Malaria in the Punjab - Number 46
Disease focus: Malaria
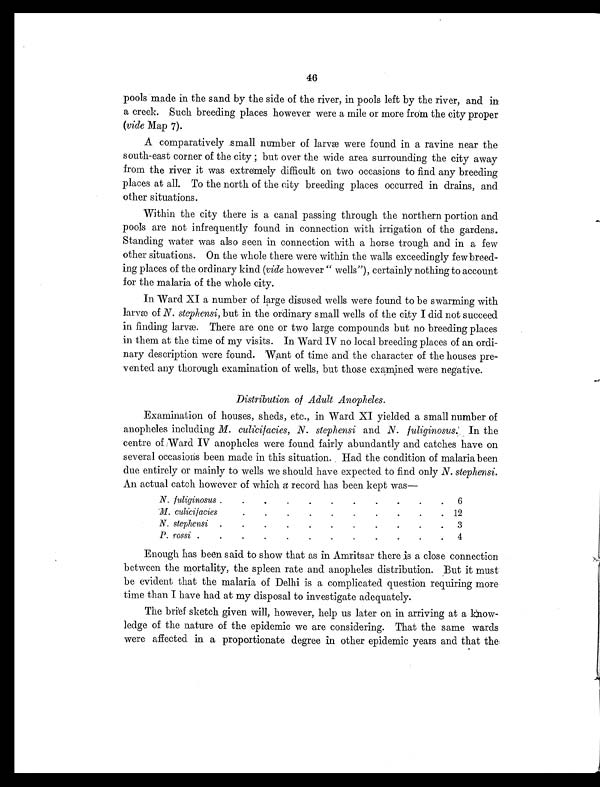
46
pools made in the sand by the side of the river, in pools left by the river, and in
a creek. Such breeding places however were a mile or more from the city proper
(vide Map 7).
A comparatively small number of larvæ were found in a ravine near the
south-east corner of the city ; but over the wide area surrounding the city away
from the river it was extremely difficult on two occasions to find any breeding
places at all. To the north of the city breeding places occurred in drains, and
other situations.
Within the city there is a canal passing through the northern portion and
pools are not infrequently found in connection with irrigation of the gardens.
Standing water was also seen in connection with a horse trough and in a few
other situations. On the whole there were within the walls exceedingly few breed-
ing places of the ordinary kind (vide however "wells"), certainly nothing to account
for the malaria of the whole city.
In Ward XI a number of large disused wells were found to be swarming with
larvæ of N. stephensi, but in the ordinary small wells of the city I did not succeed
in finding larvæ. There are one or two large compounds but no breeding places
in them at the time of my visits. In Ward IV no local breeding places of an ordi-
nary description were found. Want of time and the character of the houses pre-
vented any thorough examination of wells, but those examined were negative.
Distribution of Adult Anopheles.
Examination of houses, sheds, etc., in Ward XI yielded a small number of
anopheles including M. culicifacies, N. stephensi and N. fuliginosus. In the
centre of Ward IV anopheles were found fairly abundantly and catches have on
several occasions been made in this situation. Had the condition of malaria been
due entirely or mainly to wells we should have expected to find only N. stephensi.
An actual catch however of which a record has been kept was—
N. fuliginosus .
.
.
.
.
.
.
.
.
.
.
6
M. culicifacies .
.
.
.
.
.
.
.
.
.
. 12
N. stephensi .
.
.
.
.
.
.
.
.
.
.
3
P. rossi .
.
.
.
.
.
.
.
.
.
.
. 4
Enough has been said to show that as in Amritsar there is a close connection
between the mortality, the spleen rate and anopheles distribution. But it must
be evident that the malaria of Delhi is a complicated question requiring more
time than I have had at my disposal to investigate adequately.
The brief sketch given will, however, help us later on in arriving at a know-
ledge of the nature of the epidemic we are considering. That the same wards
were affected in a proportionate degree in other epidemic years and that the